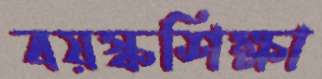
বয়স্কশিক্ষা